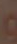
و